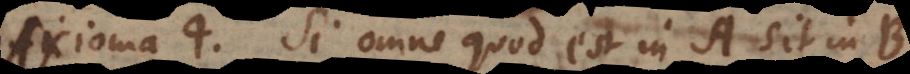
Axioma 4. Si omne quod est in A sit in B